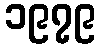
၁၉၇၉